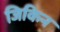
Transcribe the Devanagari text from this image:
जिकिन